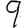
Digit: 9